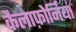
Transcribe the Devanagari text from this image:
कैलाफ़ोर्निया